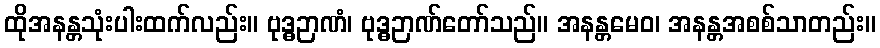
ထိုအနန္တသုံးပါးထက်လည်း။ ဗုဒ္ဓဉာဏံ၊ ဗုဒ္ဓဉာဏ်တော်သည်။ အနန္တမေဝ၊ အနန္တအစစ်သာတည်း။